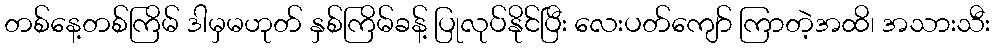
တစ်နေ့တစ်ကြိမ် ဒါမှမဟုတ် နှစ်ကြိမ်ခန့် ပြုလုပ်နိုင်ပြီး လေးပတ်ကျော် ကြာတဲ့အထိ၊ အသားသီး